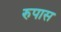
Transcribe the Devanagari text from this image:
रुपास